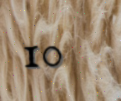
10